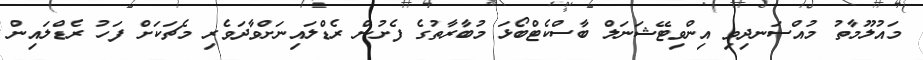
މައުލޫމާތު މުއްސަނދިވި އިންވިޓޭޝަނަލް ބާސްކެޓްބޯޅަ މުބާރާތުގެ ފެށުން ރެޑްލައިނަށްވާދަވެރި މެޗަކަށް ފަހު ރެޑްލައިން